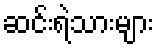
ဆင်းရဲသားများ